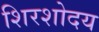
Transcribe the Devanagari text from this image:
शिरशोदय